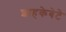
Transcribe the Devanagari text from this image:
शाहकेबेटे